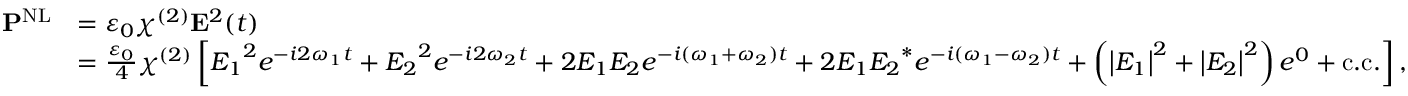
{ \begin{array} { r l } { \mathbf { P } ^ { \mathrm { N L } } } & { = \varepsilon _ { 0 } \chi ^ { ( 2 ) } \mathbf { E } ^ { 2 } ( t ) } \\ & { = { \frac { \varepsilon _ { 0 } } { 4 } } \chi ^ { ( 2 ) } \left[ { E _ { 1 } } ^ { 2 } e ^ { - i 2 \omega _ { 1 } t } + { E _ { 2 } } ^ { 2 } e ^ { - i 2 \omega _ { 2 } t } + 2 E _ { 1 } E _ { 2 } e ^ { - i ( \omega _ { 1 } + \omega _ { 2 } ) t } + 2 E _ { 1 } { E _ { 2 } } ^ { * } e ^ { - i ( \omega _ { 1 } - \omega _ { 2 } ) t } + \left( \left| E _ { 1 } \right| ^ { 2 } + \left| E _ { 2 } \right| ^ { 2 } \right) e ^ { 0 } + { \mathrm { c . c . } } \right] , } \end{array} }